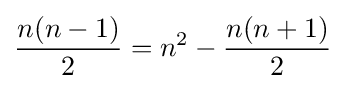
{\frac {n(n-1)}{2}}=n^{2}-{\frac {n(n+1)}{2}}